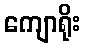
ကျောရိုး